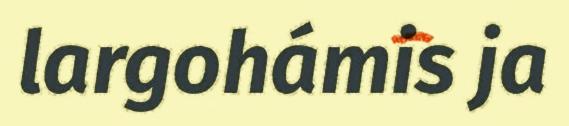
largohámis ja